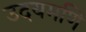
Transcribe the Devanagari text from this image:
उदयमणि